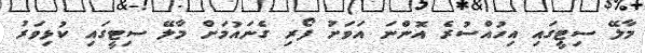
މާލޭ ސިޓީގައި އިހުއްސުރެ އޮންނަ އަވަށު ފޯރި ގެނައުމަށް މާލޭ ސިޓީގައި ކުޅިވަރު